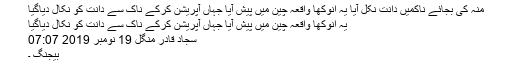
منہ کی بجائے ناکمیں دانت نکل آیا یہ انوکھا واقعہ چین میں پیش آیا جہاں آپریشن کرکے ناک سے دانت کو نکال دیاگیا
یہ انوکھا واقعہ چین میں پیش آیا جہاں آپریشن کرکے ناک سے دانت کو نکال دیاگیا
سجاد قادر منگل 19 نومبر 2019 07:07
بیجنگ ۔